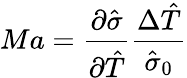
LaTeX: Ma=\frac{\partial\hat{\sigma}}{\partial\hat{T}}\frac{\Delta\hat{T}}{\hat{\sigma}_{0}}